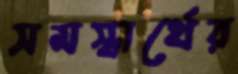
সমস্বার্থের